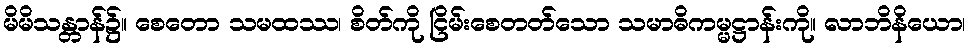
မိမိသန္တာန်၌။ စေတော သမထဿ၊ စိတ်ကို ငြိမ်းစေတတ်သော သမာဓိကမ္မဋ္ဌာန်းကို။ လာဘိနိယော၊